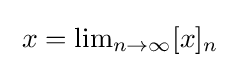
{\textstyle \;x=\lim _{n\rightarrow \infty }[x]_{n}\;}